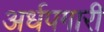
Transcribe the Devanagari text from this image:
अर्धपगारी